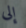
إلى